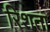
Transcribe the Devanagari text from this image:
रिशता